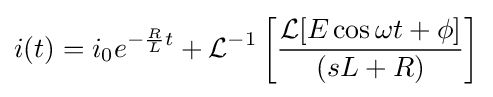
i(t)=i_{0}e^{-{\frac {R}{L}}t}+{\mathcal {L}}^{-1}\left[{\frac {{\mathcal {L}}{[E\cos {\omega t+\phi }]}}{(sL+R)}}\right]